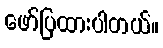
ဖော်ပြထားပါတယ်။